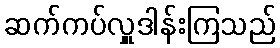
ဆက်ကပ်လှူဒါန်းကြသည်